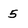
Character: 5